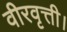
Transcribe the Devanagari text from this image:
वीरवृत्ती।